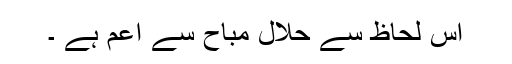
اس لحاظ سے حلال مباح سے اعم ہے ۔